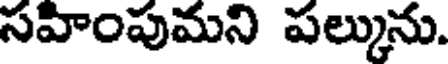
సహింపుమని పల్కును.